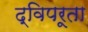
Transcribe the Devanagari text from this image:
द्विपरूता